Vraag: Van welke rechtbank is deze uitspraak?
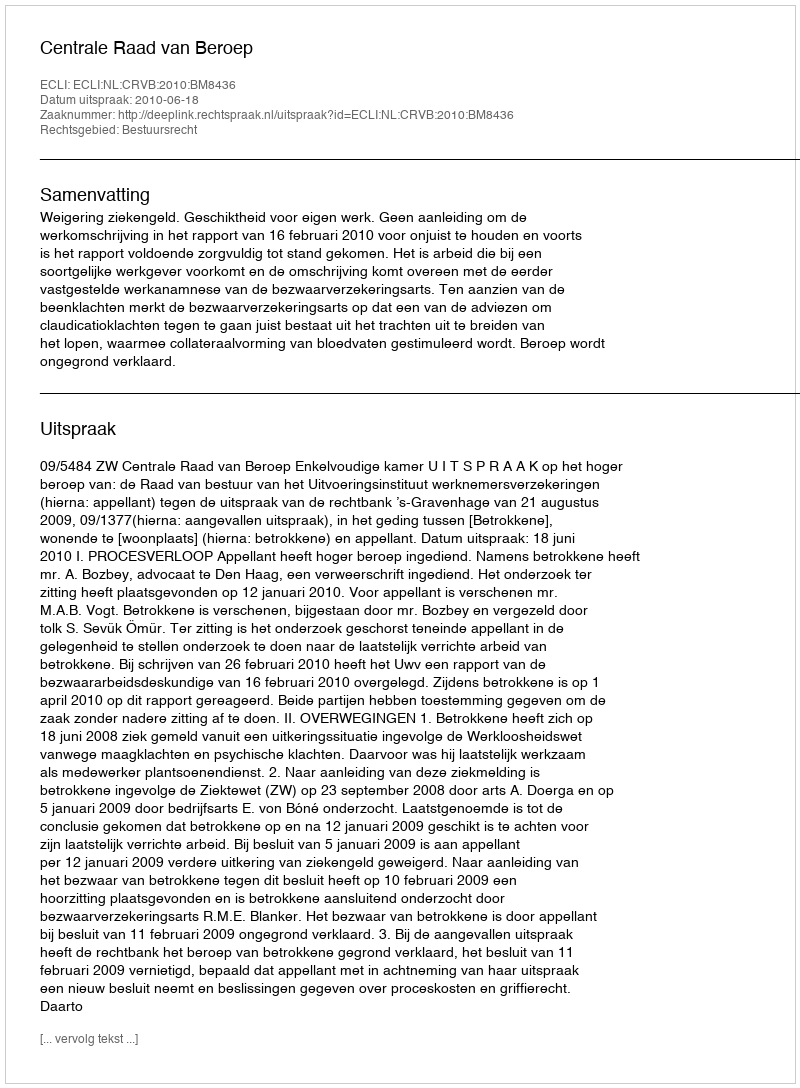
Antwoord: Centrale Raad van Beroep